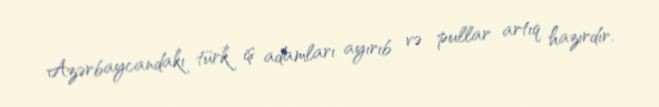
Azərbaycandakı türk iş adamları ayırıb və pullar artıq hazırdır.